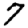
Digit: 7